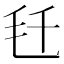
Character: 𬆼